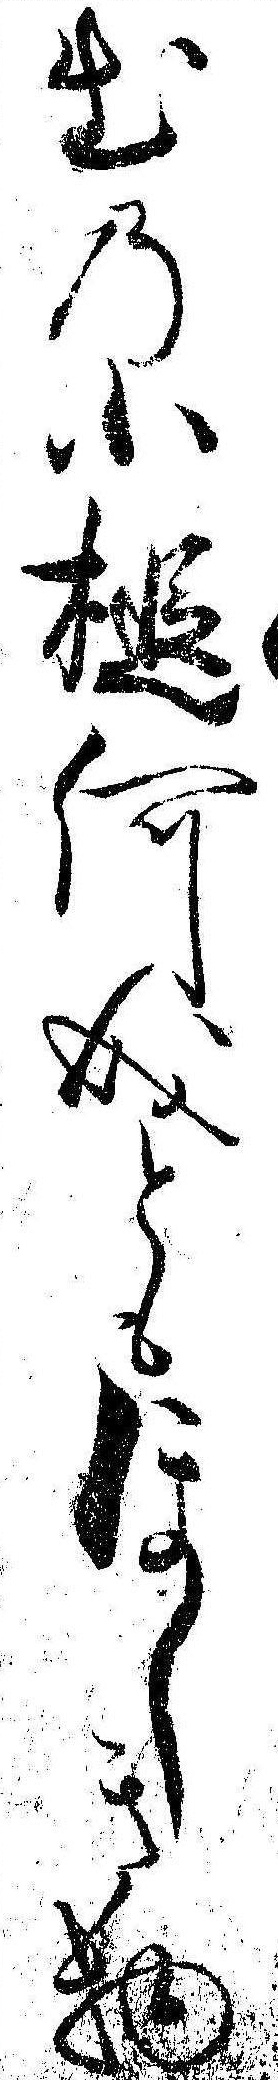
出の小槌何成ともほしき物